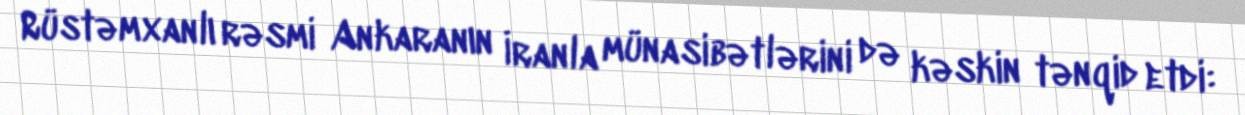
Rüstəmxanlı rəsmi Ankaranın İranla münasibətlərini də kəskin tənqid etdi: